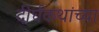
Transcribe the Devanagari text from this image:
दीर्घकथांच्या